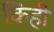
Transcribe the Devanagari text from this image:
किंही